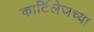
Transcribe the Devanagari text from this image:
कार्टिलेजच्या